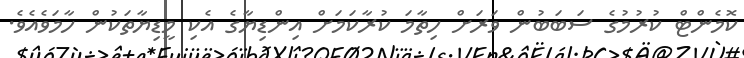
ކޮމެންޓް ކުރުމުގެ ސަބަބުން ވަރަށް ހިތާމަ ކުރާކަމަށް އިންޑިޔާގެ އެކި މީޑިޔާތަކުން ހާމަވެއެވެ.